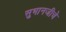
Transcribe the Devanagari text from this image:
सुभानजीचे